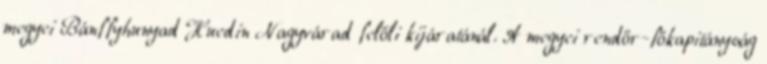
megyei Bánffyhunyad Huedin Nagyvárad felőli kijáratánál. A megyei rendőr-főkapitányság